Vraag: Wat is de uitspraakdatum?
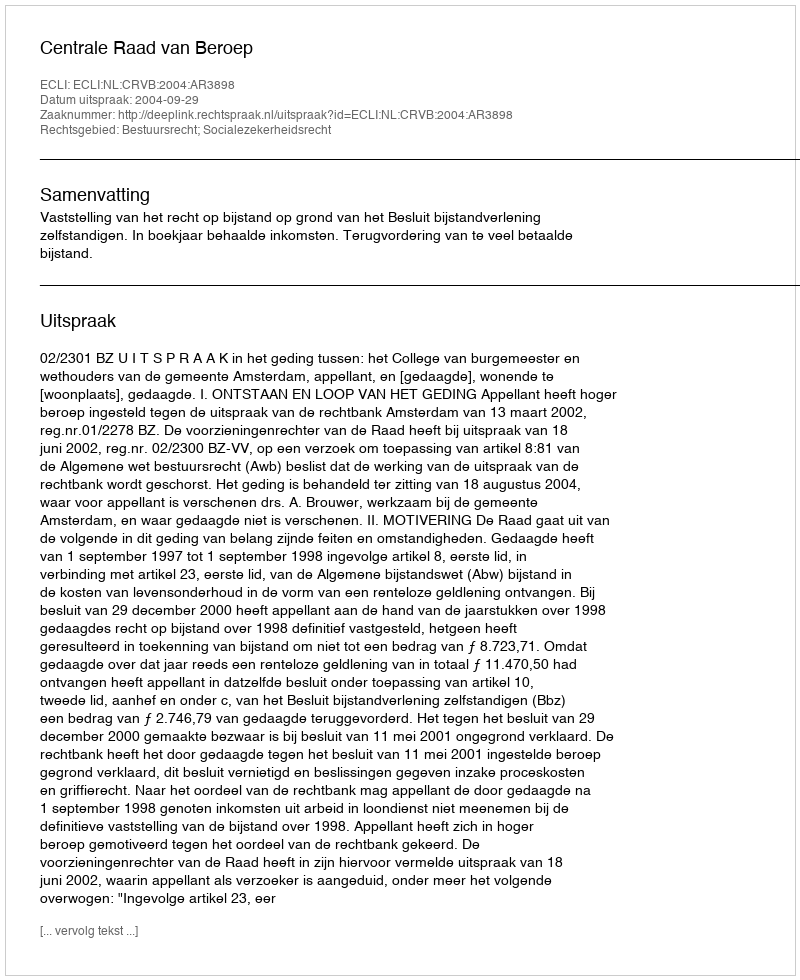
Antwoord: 2004-09-29